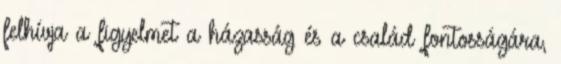
felhívja a figyelmet a házasság és a család fontosságára,